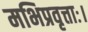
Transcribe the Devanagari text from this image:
मभिप्रवृत्ताः।